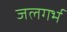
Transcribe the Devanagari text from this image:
जलगर्भ